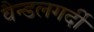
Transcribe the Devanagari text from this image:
वैन्डलगर्दी